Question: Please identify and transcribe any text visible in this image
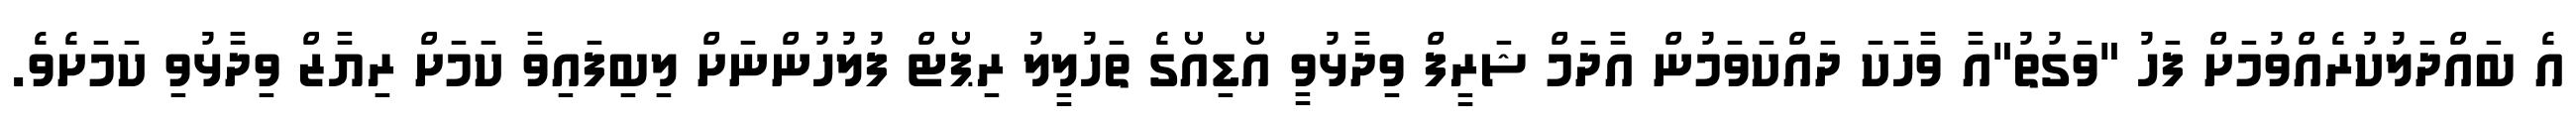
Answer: އެ ބައްދަލުކުރެއްވުމަށް ފަހު "ވަގުތު"އާ ވާހަކަ ދައްކަވަމުން އާދަމް ޝަރީފް ވިދާޅުވީ އޯޑިއޯގެ ތަހުލީލު ރިޕޯޓް ފުލުހުންނަށް ލިބިފައިވާ ކަމަށް ރިޔާޒް ވިދާޅުވި ކަމަށެވެ.